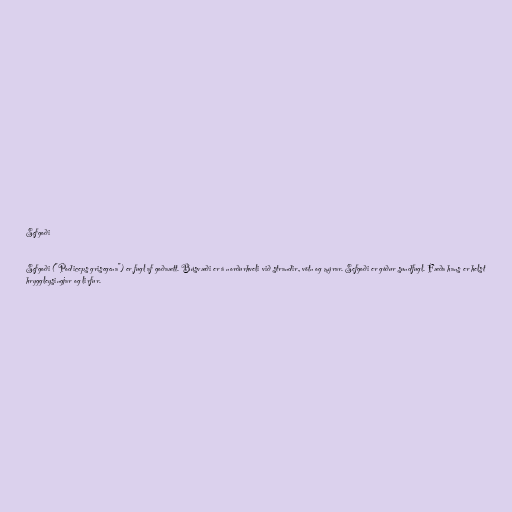
Sefgoði

Sefgoði ("Podiceps grisegena") er fugl af goðaætt. Búsvæði er á norðurhveli við strandir, vötn og mýrar. Sefgoði er góður sundfugl. Fæða hans er helst
hryggleysingjar og lirfur.